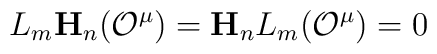
L_m\mathbf{H}_n\bigl({\cal O}^\mu\bigr)=  \mathbf{H}_nL_m\bigl({\cal O}^\mu\bigr)=0